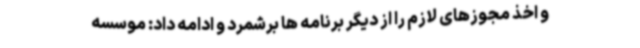
و اخذ مجوزهای لازم را از دیگر برنامه ها برشمرد و ادامه داد: موسسه